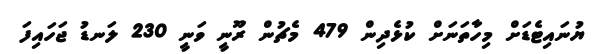
ޔުނައިޓެޑަށް މިހާތަނަށް ކުޅެދިން 479 މެޗުން ރޫނީ ވަނީ 230 ލަނޑު ޖަހައިފަ